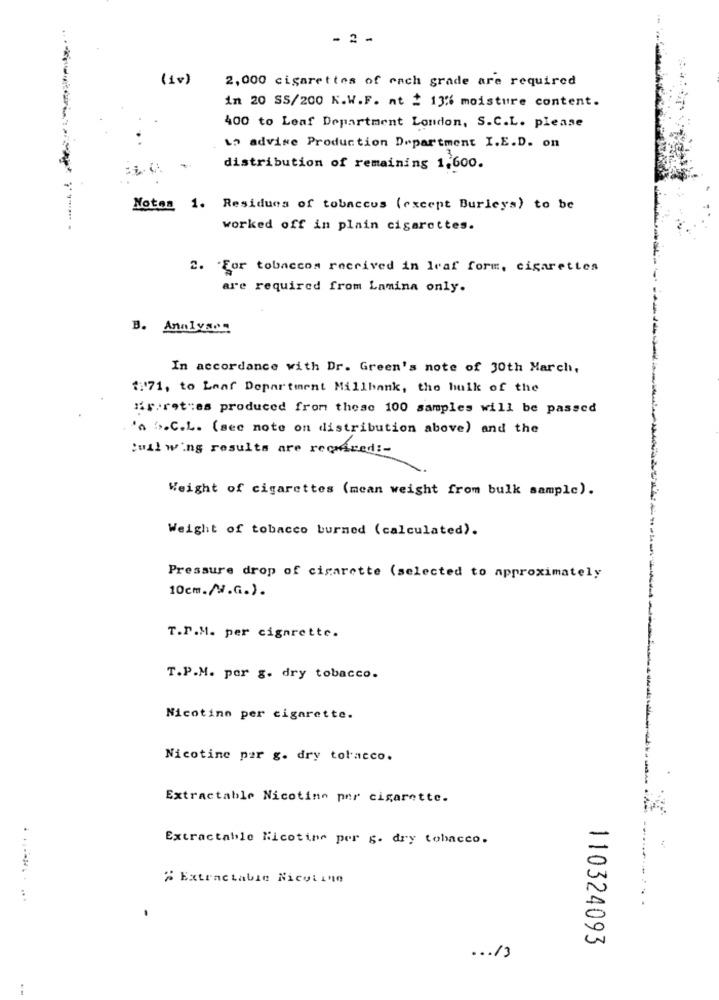
- 2 -
(1v)
2,000 cigarettes of each grade are required
in 20 SS/200 K.W.F. at = 13% moisture content.
400 to Leaf Department London, S.C.L. please
1º advise Production Department I.E.D. on
distribution of remaining 1.600.
Noton 1. Residues of tobaccus (except Burleys) to be
worked off in plain cigarettes.
2. For tobaccom received in leaf form, cigarettes
are required from Lamina only.
B. Analysen
In accordance with Dr. Green's note of 30th March,
$171, to Leaf Department Millbank, the hulk of the
"Fireties produced from these 100 samples will be passed
'a ">.C.L. (see note on distribution above) and the
Cuil wing results are required :-
Weight of cigarettes (mean weight from bulk sample).
Weight of tobacco burned (calculated).
Pressure drop of cigarette (selected to approximately
10cm./W.G.).
T.P.M. per cigarette.
T.P.M. por g. dry tobacco.
Nicotine per cigarette.
Nicotine par g. dry tobacco.
Extractable Nicotine per cigarette.
Extractable Nicotine per g. dry tobacco.
" Extractable Nicotine
......
110324093
... 13